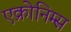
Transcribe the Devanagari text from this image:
एक्रोनिम्स